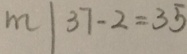
m \vert 3 7 - 2 = 3 5